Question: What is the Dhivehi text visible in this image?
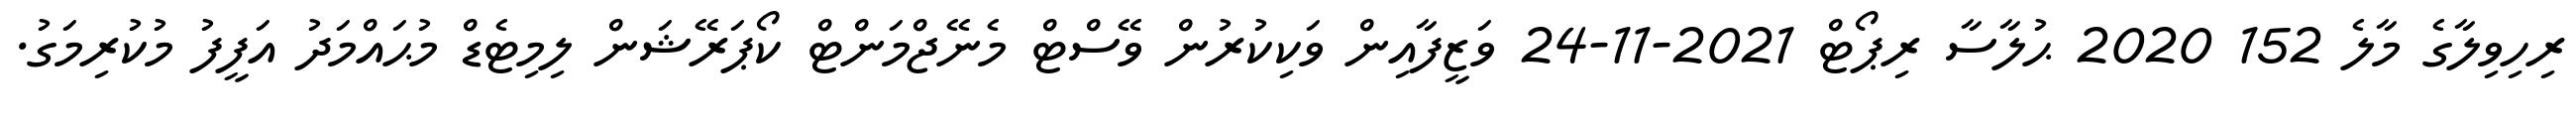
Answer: ރިހިވިލާގެ މާލެ 152 2020 ޙުލާސާ ރިޕޯޓް 2021-11-24 ވަޒީފާއިން ވަކިކުރުން ވޭސްޓް މެނޭޖްމަންޓް ކޯޕަރޭޝަން ލިމިޓެޑް މުޙައްމަދު އަފީފު މުކުރިމަގު.